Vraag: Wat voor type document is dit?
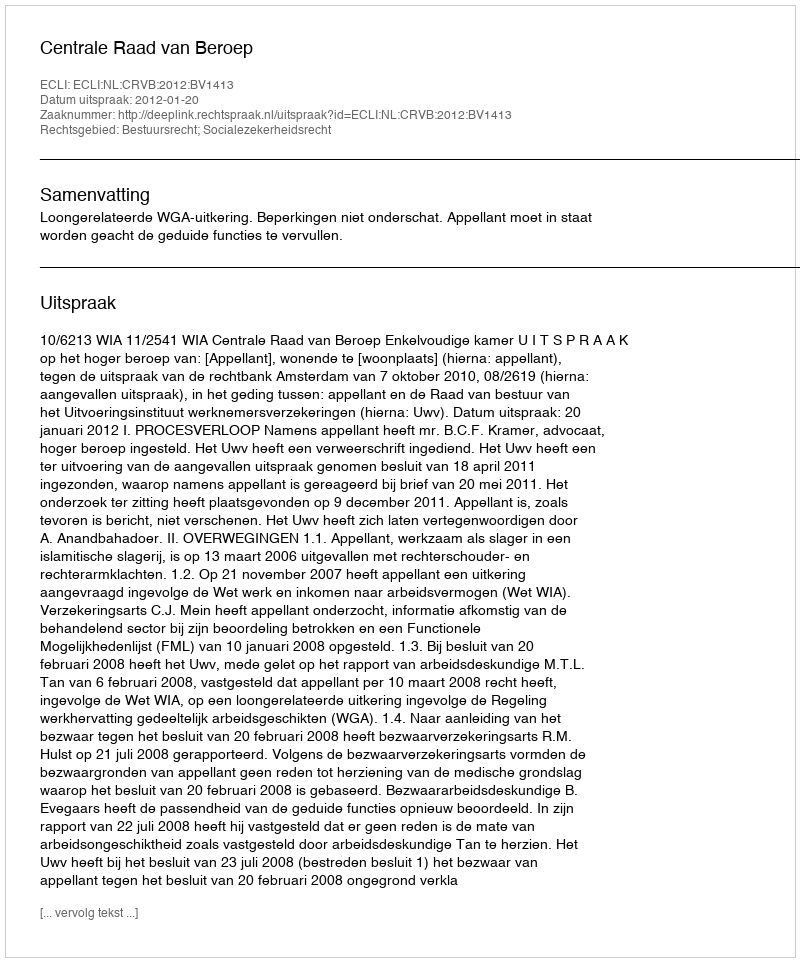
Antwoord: Uitspraak